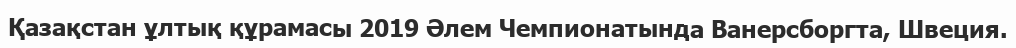
Қазақстан ұлтық құрамасы 2019 Әлем Чемпионатында Ванерсборгта, Швеция.